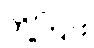
တို့ကြား